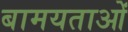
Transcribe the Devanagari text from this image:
बामयताओं